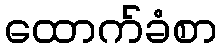
ထောက်ခံစာ